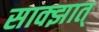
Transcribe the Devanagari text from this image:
साक्झात्